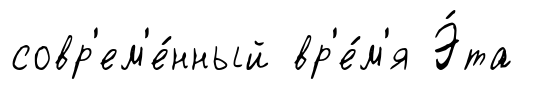
совр'ем'е́нный вр'е́м'я Э́та